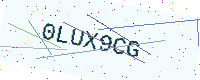
Text: 0LUX9CG